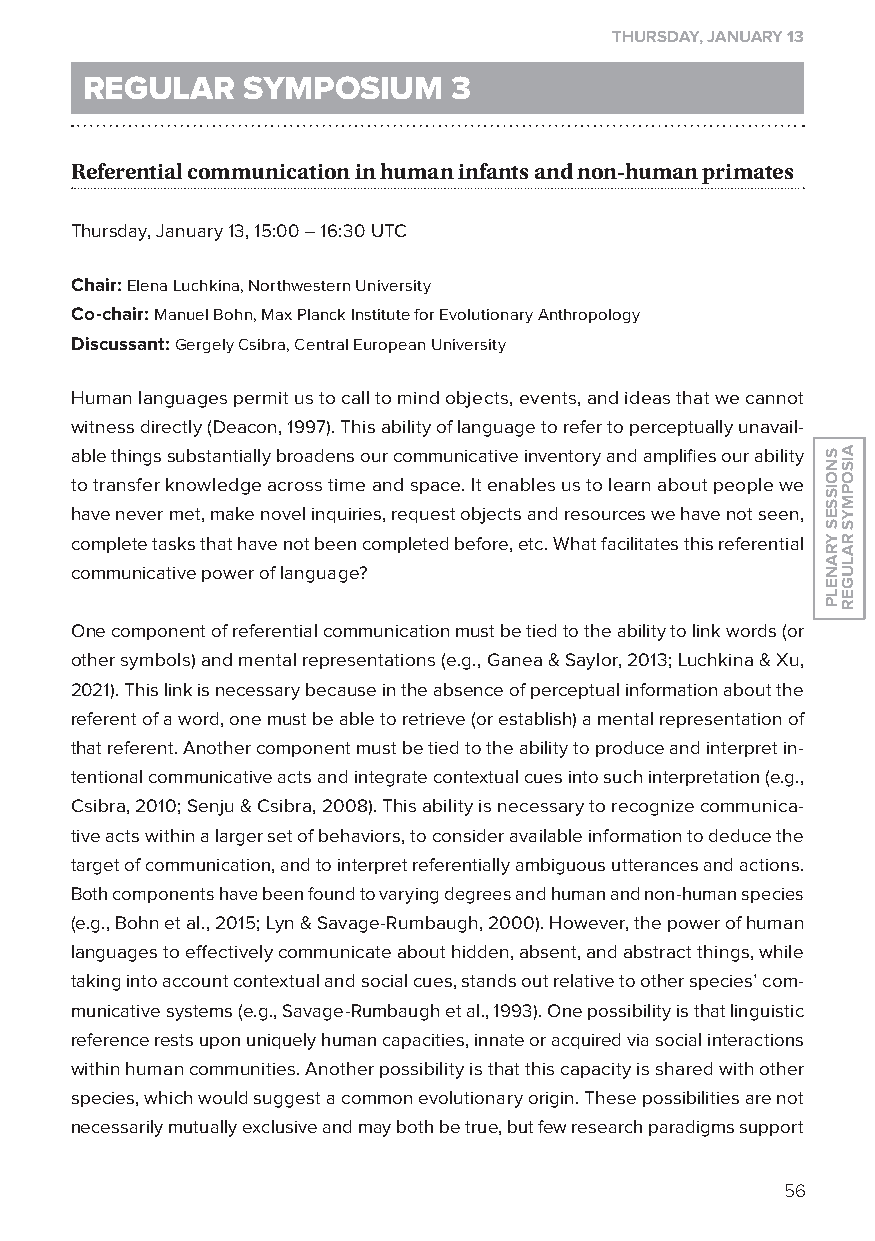
THurSdAy, JAnuAry 13
 reGular    syMposiuM     3
 referential communication in human infants and non-human primates
 Thursday, January 13, 15:00 – 16:30 UTC
 Chair: Elena luchkina, Northwestern University
 Co-chair: Manuel Bohn, Max Planck Institute for Evolutionary Anthropology
 discussant: Gergely Csibra, Central European University
 Human languages permit us to call to mind objects, events, and ideas that we cannot
 witness directly (Deacon, 1997). This ability of language to refer to perceptually unavail-
 able things substantially broadens our communicative inventory and amplifies our ability
 to transfer knowledge across time and space. It enables us to learn about people we
 have never met, make novel inquiries, request objects and resources we have not seen,
 complete tasks that have not been completed before, etc. What facilitates this referential
 communicative power of language?
 one component of referential communication must be tied to the ability to link words (or
 other symbols) and mental representations (e.g., Ganea & Saylor, 2013; luchkina & xu,
 2021). This link is necessary because in the absence of perceptual information about the
 referent of a word, one must be able to retrieve (or establish) a mental representation of
 that referent. Another component must be tied to the ability to produce and interpret in-
 tentional communicative acts and integrate contextual cues into such interpretation (e.g.,
 Csibra, 2010; Senju & Csibra, 2008). This ability is necessary to recognize communica-
 tive acts within a larger set of behaviors, to consider available information to deduce the
 target of communication, and to interpret referentially ambiguous utterances and actions.
 Both components have been found to varying degrees and human and non-human species
 (e.g., Bohn et al., 2015; lyn & Savage-Rumbaugh, 2000). However, the power of human
 languages to effectively communicate about hidden, absent, and abstract things, while
 taking into account contextual and social cues, stands out relative to other species’ com-
 municative systems (e.g., Savage-Rumbaugh et al., 1993). one possibility is that linguistic
 reference rests upon uniquely human capacities, innate or acquired via social interactions
 within human communities. Another possibility is that this capacity is shared with other
 species, which would suggest a common evolutionary origin. These possibilities are not
 necessarily mutually exclusive and may both be true, but few research paradigms support
 56
 SnoiSSeS
 yranelP
 aiSoPMyS
 ralUGer